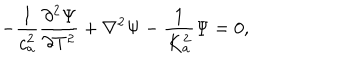
LaTeX: - \frac { 1 } { c _ { a } ^ { 2 } } \frac { \partial ^ { 2 } \Psi } { \partial T ^ { 2 } } + \nabla ^ { 2 } \Psi - \frac { 1 } { K _ { a } ^ { 2 } } \Psi = 0 ,